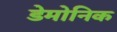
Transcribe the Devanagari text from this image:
डेमोनिक